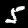
Label: 5